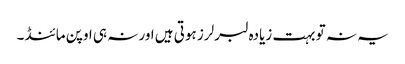
یہ نہ تو بہت زیادہ لبرلرز ہوتی ہیں اور نہ ہی اوپن مائنڈ ۔